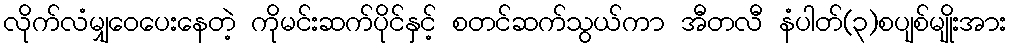
လိုက်လံမျှဝေပေးနေတဲ့ ကိုမင်းဆက်ပိုင်နှင့် စတင်ဆက်သွယ်ကာ အီတလီ နံပါတ်(၃)စပျစ်မျိုးအား